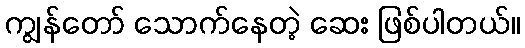
ကျွန်တော် သောက်နေတဲ့ ဆေး ဖြစ်ပါတယ်။